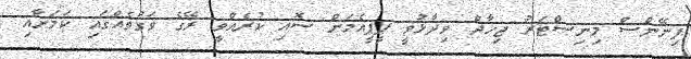
ފިނޭންސް މިނިސްޓަރު ޖިހާދް ވިދާޅުވީ ޕީޕީއެމަށް ސޮއި ކުރެއްވީ ރޭގެ ވަގުތެއްގައި ކަމަށާއި